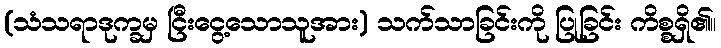
(သံသရာဒုက္ခမှ ငြီးငွေ့သောသူအား) သက်သာခြင်းကို ပြုခြင်း ကိစ္စရှိ၏။